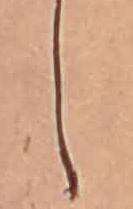
し